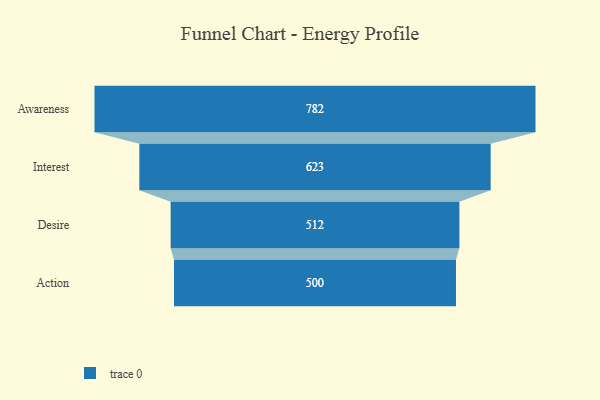
{"axis": {"x": "Stage", "y": "Value"}, "legend": [""], "data": [{"x": "Awareness", "y": 782.0, "type": ""}, {"x": "Interest", "y": 623.0, "type": ""}, {"x": "Desire", "y": 512.0, "type": ""}, {"x": "Action", "y": 500, "type": ""}]}